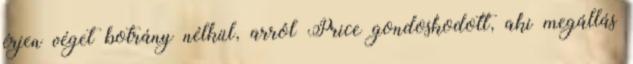
érjen véget botrány nélkül, arról Price gondoskodott, aki megállás